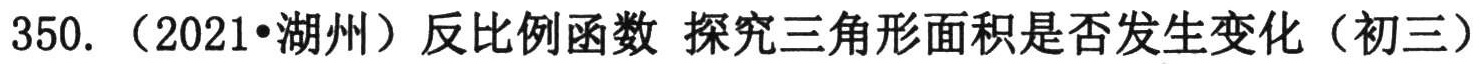
350. （2021•湖州）反比例函数 探究三角形面积是否发生变化（初三）